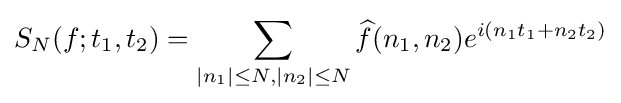
S_{N}(f;t_{1},t_{2})=\sum _{|n_{1}|\leq N,|n_{2}|\leq N}{\widehat {f}}(n_{1},n_{2})e^{i(n_{1}t_{1}+n_{2}t_{2})}